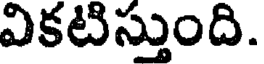
వికటిస్తుంది.